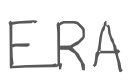
Text: ERA
Cross-out: clean
Writing tool: digital_gray